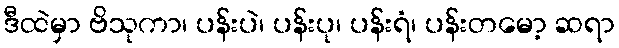
ဒီထဲမှာ ဗိသုကာ၊ ပန်းပဲ၊ ပန်းပု၊ ပန်းရံ၊ ပန်းတမော့ ဆရာ